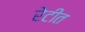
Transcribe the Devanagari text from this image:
रेटीत